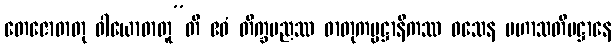
တေဇောဓာတု ဝါယောဓာတူ”တိ ဧဝံ တိက္ခပညဿ ဓာတုကမ္မဋ္ဌာနိကဿ ဝသေန မဟာသတိပဋ္ဌာနေ